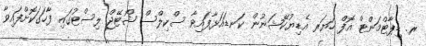
ރ. ޑިޕާޓްމަންޓް އޮފް ހަޔަރ އެޑިޔުކޭޝަނުން ކަނޑައަޅާފައިވާ ސްކިލްސް ޝޯޓޭޖް ލިސްޓުގައި ފާހަގަކޮށްފައިވާ